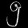
Digit: ၅